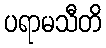
ပရာမသီတိ